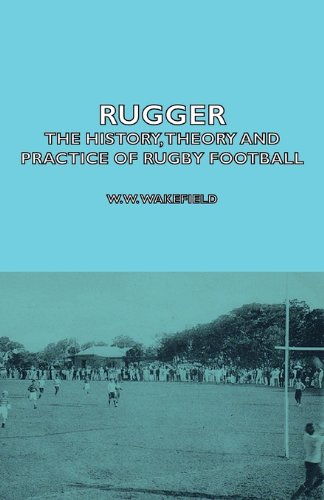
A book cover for Rugger - The History, Theory and Practice of Rugby Football; W. W. Wakefield; Sports & Outdoors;